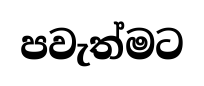
පවැත්මට